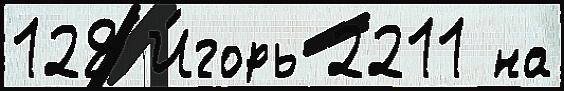
128 И́горь 2211 на